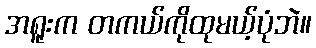
အရူးက တကယ်ကိုထုမယ့်ပုံဘဲ။